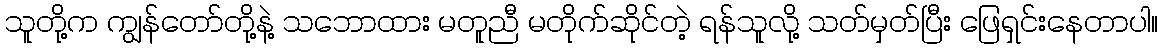
သူတို့က ကျွန်တော်တို့နဲ့ သဘောထား မတူညီ မတိုက်ဆိုင်တဲ့ ရန်သူလို့ သတ်မှတ်ပြီး ဖြေရှင်းနေတာပါ။